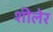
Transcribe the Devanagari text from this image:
शीलेर